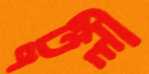
ঢুলী